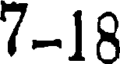
7-18